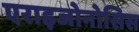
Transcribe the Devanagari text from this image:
एराइजोनोसिस